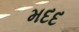
મદદ